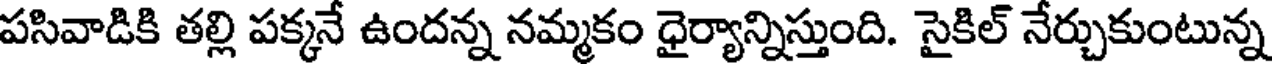
పసివాడికి తల్లి పక్కనే ఉందన్న నమ్మకం ధైర్యాన్నిస్తుంది. సైకిల్ నేర్చుకుంటున్న